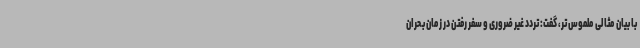
با بیان مثالی ملموس تر، گفت: تردد غیر ضروری و سفر رفتن در زمان بحران